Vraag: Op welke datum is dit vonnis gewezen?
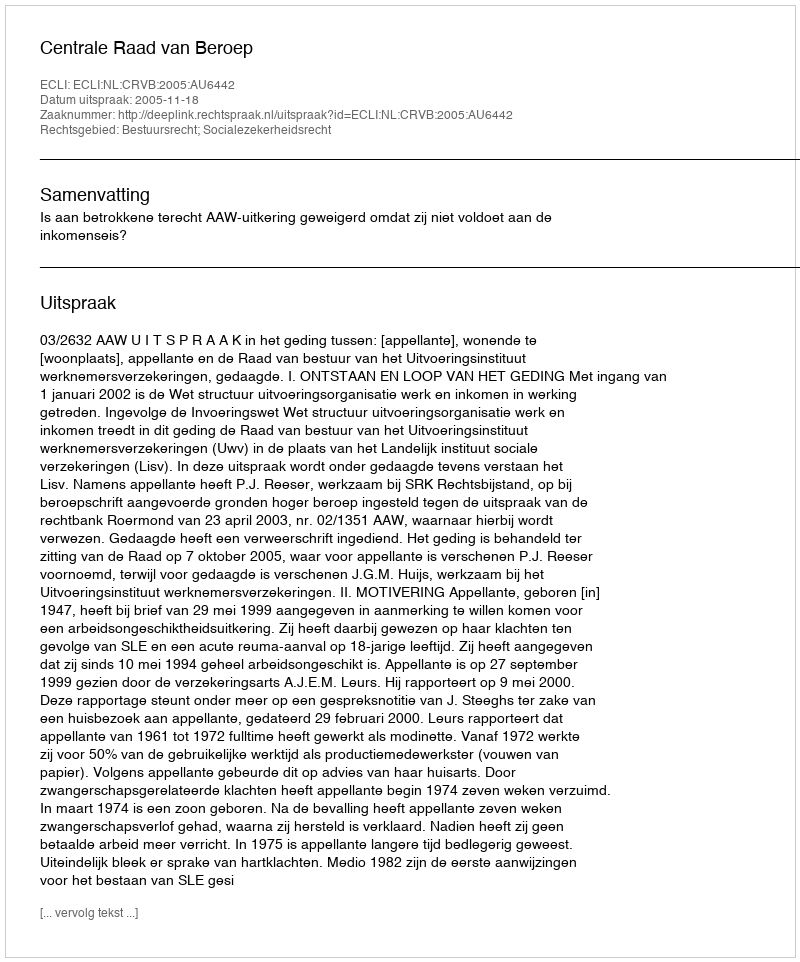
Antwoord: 2005-11-18